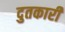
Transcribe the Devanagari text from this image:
दुतकारी